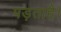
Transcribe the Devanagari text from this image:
पड़ताहै।